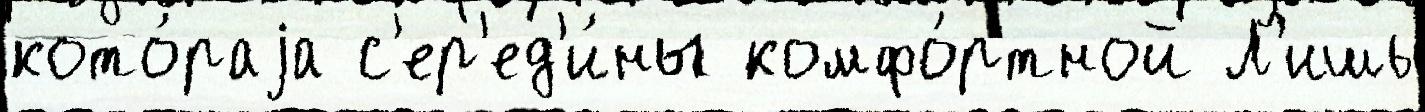
кото́раjа с'ер'ед'и́ны комфо́ртной Л'ишь